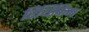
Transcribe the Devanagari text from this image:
रिथिंकिंग